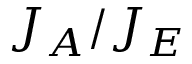
J _ { A } / J _ { E }